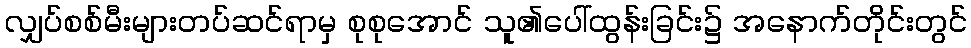
လျှပ်စစ်မီးများတပ်ဆင်ရာမှ စုစုအောင် သူ၏ပေါ်ထွန်းခြင်း၌ အနောက်တိုင်းတွင်